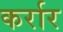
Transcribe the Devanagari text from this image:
कर्रार